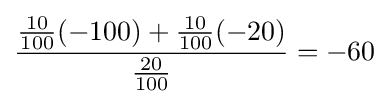
{\frac {{\frac {10}{100}}(-100)+{\frac {10}{100}}(-20)}{\frac {20}{100}}}=-60